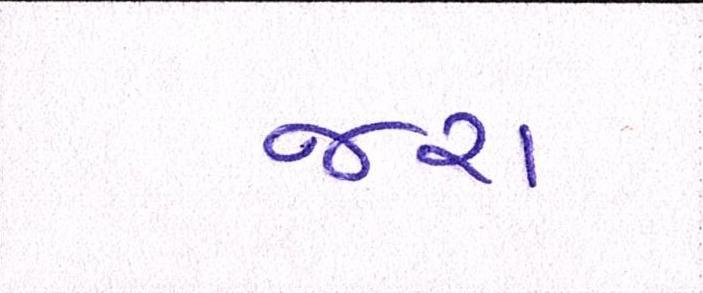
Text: જરા